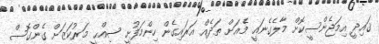
ޤައިދީ އިމަޖެންސީކޮށް މާލެގެނައީ މެއަށް ތަދެއް އަރައިގެން ހިންމަފުށީ ޞިއްޙީ މަރުކަޒަށް ގެންގޮސް